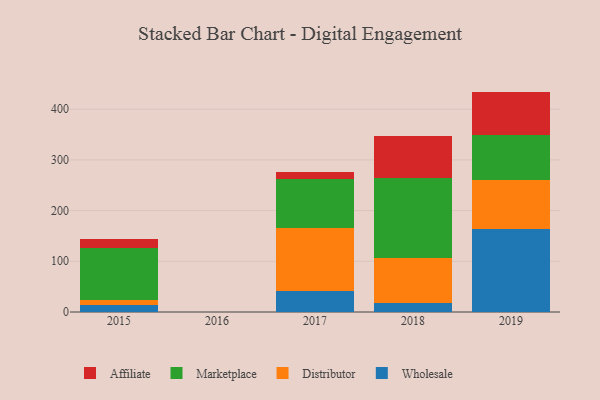
{"axis": {"x": "Year", "y": "Website Visitors"}, "legend": ["Affiliate", "Distributor", "Marketplace", "Wholesale"], "data": [{"x": "2018", "y": 17.6, "type": "Wholesale"}, {"x": "2018", "y": 89.4, "type": "Distributor"}, {"x": "2018", "y": 157.4, "type": "Marketplace"}, {"x": "2018", "y": 82.1, "type": "Affiliate"}, {"x": "2015", "y": 13.5, "type": "Wholesale"}, {"x": "2015", "y": 9.7, "type": "Distributor"}, {"x": "2015", "y": 103.7, "type": "Marketplace"}, {"x": "2015", "y": 17.5, "type": "Affiliate"}, {"x": "2019", "y": 164.1, "type": "Wholesale"}, {"x": "2019", "y": 96.1, "type": "Distributor"}, {"x": "2019", "y": 88.7, "type": "Marketplace"}, {"x": "2019", "y": 85.7, "type": "Affiliate"}, {"x": "2017", "y": 41.3, "type": "Wholesale"}, {"x": "2017", "y": 125.1, "type": "Distributor"}, {"x": "2017", "y": 96.2, "type": "Marketplace"}, {"x": "2017", "y": 14.4, "type": "Affiliate"}]}